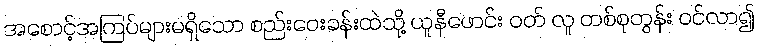
အစောင့်အကြပ်များမရှိသော စည်းဝေးခန်းထဲသို့ ယူနီဖောင်း ဝတ် လူ တစ်စုတွန်း ဝင်လာ၍